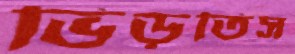
ভিড়তিস